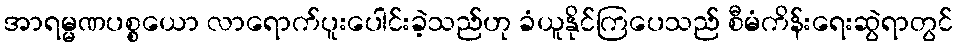
အာရမ္မဏပစ္စယော လာရောက်ပူးပေါင်းခဲ့သည်ဟု ခံယူနိုင်ကြပေသည် စီမံကိန်းရေးဆွဲရာတွင်